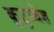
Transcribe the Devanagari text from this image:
कुटुम्बेश